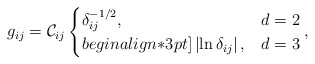
\begin{align*}g_{ij}=\mathcal{C}_{ij} \begin{cases}\delta^{-1/2}_{ij},& d=2\\begin{align*}3pt]\left|\ln \delta_{ij}\right|,& d=3\end{cases}, \end{align*}